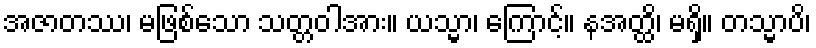
အဇာတဿ၊ မဖြစ်သော သတ္တဝါအား။ ယသ္မာ၊ ကြောင့်။ နအတ္ထိ၊ မရှိ။ တသ္မာပိ၊